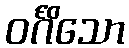
ဝင်္ဂိသော